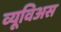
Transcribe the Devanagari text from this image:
व्यूविअस